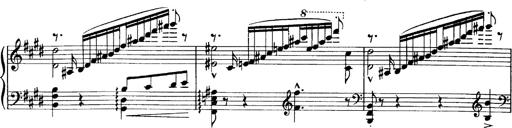
Title: OuvertÃ¼re zu TannhÃ¤user
Composer: Franz Liszt